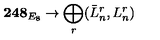
{ \bf 2 4 8 } _ { E _ { 8 } } \rightarrow \bigoplus _ { r } ( \bar { L } _ { n } ^ { r } , L _ { n } ^ { r } )